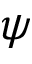
\psi